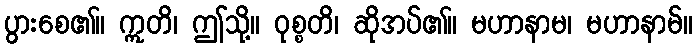
ပွားစေ၏။ ဣတိ၊ ဤသို့။ ဝုစ္စတိ၊ ဆိုအပ်၏။ မဟာနာမ၊ မဟာနာမ်။